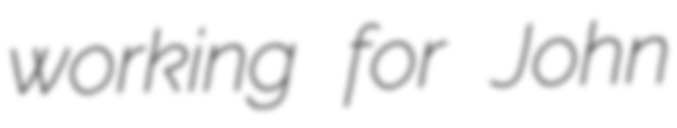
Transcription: working for John